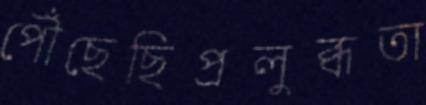
পৌঁছেছিপ্রলুব্ধতা